system: You are a helpful assistant.
user:
Analyze the provided spectrum to determine if it is a **S-type Star**.

- **Key Indicators for S-type Star:**

    - **(Overall Spectrum Shape):** The first and most obvious characteristic is the overall continuum (the "baseline" shape). It is **extremely "red-sloping,"** meaning the flux (light intensity) is very low on the left side (blue, ~4000-4500 Å) and rises steeply and continuously toward the right side (red, ~7000 Å+).

    - **(Primary):** The spectrum is defined by the presence of strong, broad molecular absorption "valleys" (bands) from **Zirconium Oxide (ZrO)**. The identification of these bands is the **primary requirement** for classifying a star as S-type.
        - **(Key Bandheads):** You must find distinct, deep "dips" where the light has been absorbed. The most critical band systems to locate are:
            - **~6474 Å** ($\gamma$-system): This is often the strongest and clearest ZrO feature, found in the red part of the spectrum.
            - **~5718 Å** & **~5551 Å** ($\beta$-system): A pair of prominent absorption features in the yellow-orange part of the spectrum.
            - **~4640 Å** ($\alpha$-system): A key absorption band system in the blue-green region of the spectrum.

    - **(Secondary Confirmation):** The classification is strengthened by finding additional absorption bands from other related heavy element oxides, which are expected to be present alongside ZrO.
        - **(Key Bandheads):**
            - **Yttrium Oxide (YO):** Look for absorption dips near **~4800 Å** and **~6100 Å**.
            - **Lanthanum Oxide (LaO):** Additional absorption features, particularly in the red-orange part of the spectrum, are also characteristic.

    - **(Line Profile):** The combination of the steep red continuum and these numerous, deep molecular bands (ZrO, YO, etc.) gives the entire spectrum a very **"chopped-up"** or **"bumpy"** appearance. Instead of a smooth curve, the spectrum looks as though large, wide chunks of light have been "carved out" of it at the specific wavelengths listed above.

Think first, call **spectral_visualization_tool** if needed to examine features in detail, then provide your final answer. Your response must adhere to the following strict rules:
1.  **Overall Structure:** Your response must follow the format `<think>...</think> <tool_call>...</tool_call> (if a tool is used) <answer>...</answer>`.
2.  **Tool Usage Constraint:** You may only make **one** tool call per turn.
3.  **Final Answer Format:** In the `<answer>` tag, your conclusion must be inside a `\boxed{}` command (e.g., `\boxed{YES}` or `\boxed{NO}`), followed by your justification.

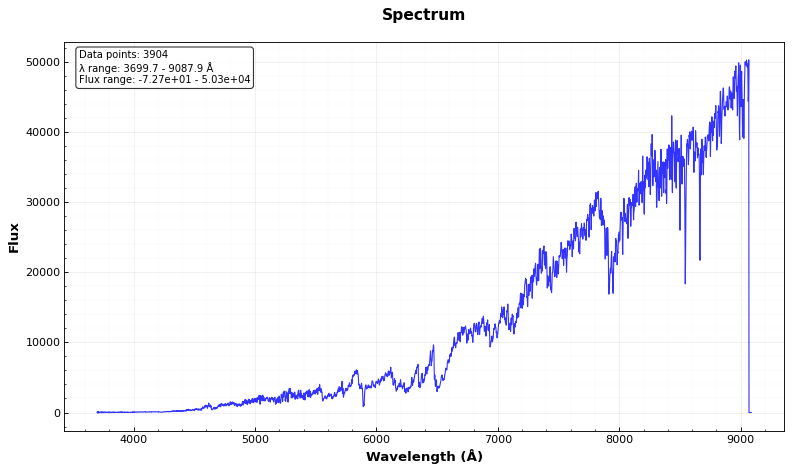
Answer: YES